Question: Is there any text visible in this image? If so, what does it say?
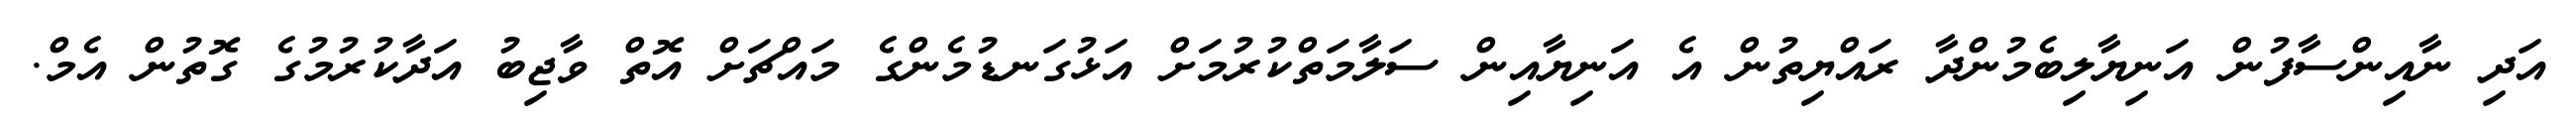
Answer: އަދި ނާއިންސާފުން އަނިޔާލިބެމުންދާ ރައްޔިތުން އެ އަނިޔާއިން ސަލާމަތްކުރުމަށް އަޅުގަނޑުމެންގެ މައްޗަށް އޮތް ވާޖިބު އަދާކުރުމުގެ ގޮތުން އެމް.